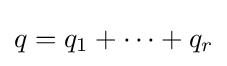
q=q_{1}+\cdots +q_{r}